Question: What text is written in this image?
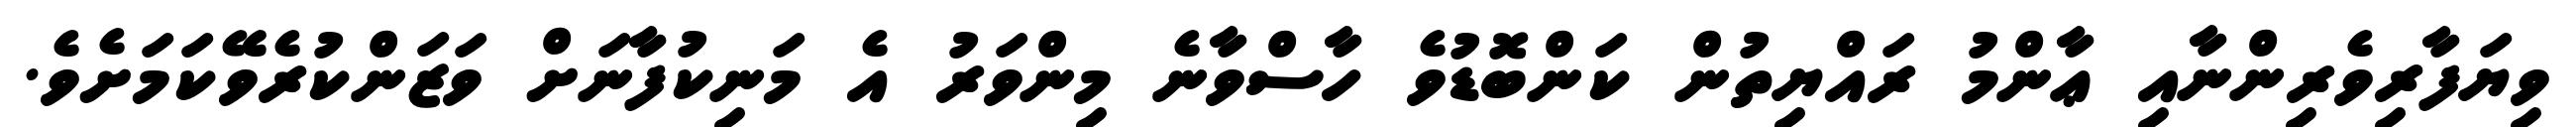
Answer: ވިޔަފާރިވެރިންނާއި ޢާންމު ރައްޔިތުން ކަންބޮޑުވެ ހާސްވާނެ މިންވަރު އެ މަނިކުފާނަށް ވަޒަންކުރެވޭކަމަށެވެ.